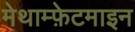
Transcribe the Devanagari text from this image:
मेथाम्फ़ेटमाइन